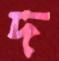
দ